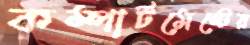
কম্পার্টমেন্টের